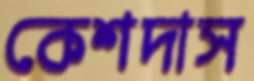
কেশদাস